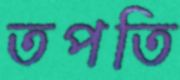
তপতি